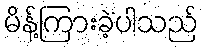
မိန့်ကြားခဲ့ပါသည်